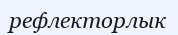
рефлекторлык